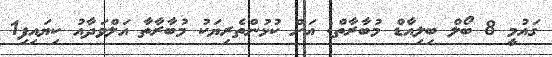
ގައުމީ 8 ބޯލް ބިލިއާޑް މުބާރާތް: އަށް ކުޅުންތެރިޔަކު މުބާރާތާ އަލްވަދާއު ކިޔައިފި1